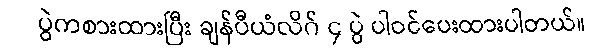
ပွဲကစားထားပြီး ချန်ပီယံလိဂ် ၄ ပွဲ ပါဝင်ပေးထားပါတယ်။